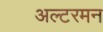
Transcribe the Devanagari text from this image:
अल्टरमन